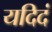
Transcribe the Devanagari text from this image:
यदिदं